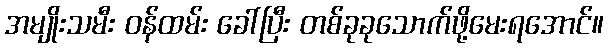
အမျိုးသမီး ဝန်ထမ်း ခေါ်ပြီး တစ်ခုခုသောက်ဖို့မေးရအောင်။